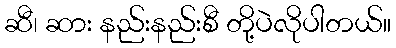
ဆီ၊ ဆား နည်းနည်းစီ တို့ပဲလိုပါတယ်။